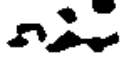
n